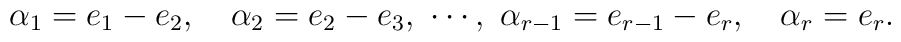
\alpha_1=e_1-e_2,\quad \alpha_2=e_2-e_3,\ \cdots,\     \alpha_{r-1}=e_{r-1}-e_r,\quad \alpha_r=e_r.